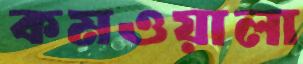
কমওয়ালা